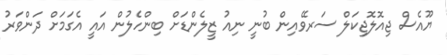
ޔޫއެސް ޖިއޮލޮޖިކަލް ސަރވޭއިން ބުނީ ނިއު ޒީލެންޑަށް ބިންހެލުން އައީ އެގަމަށް ދަންވަރު